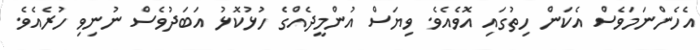
އެހެންނަމަވެސް އެކަން ހިތުގައި އޮވެއެވެ. ވިޔަސް އުންމީދެއްގެ ހުޅުކޮޅު އަބަދުވެސް ނުނިވި ހުރެއެވެ.